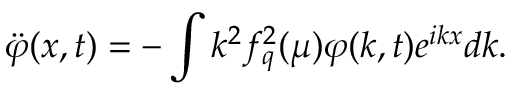
\ddot { \varphi } ( x , t ) = - \int k ^ { 2 } f _ { q } ^ { 2 } ( \mu ) \varphi ( k , t ) e ^ { i k x } d k .